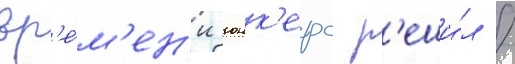
вр'е́м'ен'и юнк'ерс р'еши́л /